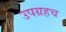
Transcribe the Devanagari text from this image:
उपग्रहच